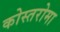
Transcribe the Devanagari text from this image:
कोस्तरोमा